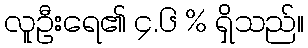
လူဦးရေ၏ ၄.၆ % ရှိသည်။